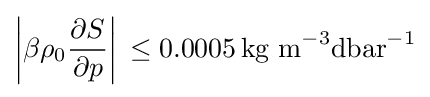
\left|\beta \rho _{0}{\frac {\partial S}{\partial p}}\right|\,\leq 0.0005\,{\text{kg m}}^{-3}{\text{dbar}}^{-1}